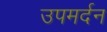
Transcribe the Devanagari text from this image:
उपमर्दन